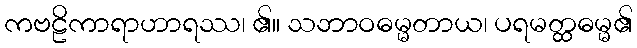
ကဗဠိကာရာဟာရဿ၊ ၏။ သဘာဝဓမ္မတာယ၊ ပရမတ္ထဓမ္မ၏